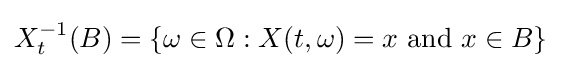
X_{t}^{-1}(B)=\{\omega \in \Omega :X(t,\omega )=x{\text{ and }}x\in B\}